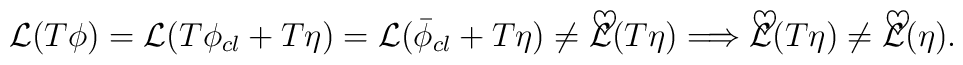
{\cal {L}}(T\phi )={\cal {L}}(T\phi _{cl}+T\eta )={\cal {L}}(\bar{\phi }_{cl}+T\eta )\neq {\cal {\tilde{L}}}(T\eta )\Longrightarrow {\cal {\tilde{L}}}(T\eta )\neq {\cal {\tilde{L}}}(\eta ).